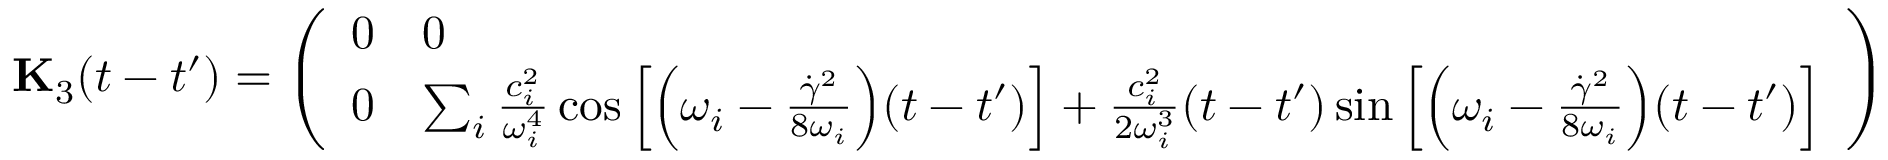
\mathbf { { K } } _ { 3 } ( t - t ^ { \prime } ) = \left( \begin{array} { l l } { 0 } & { 0 } \\ { 0 } & { \sum _ { i } \frac { c _ { i } ^ { 2 } } { \omega _ { i } ^ { 4 } } \cos \left[ \Bigl ( \omega _ { i } - \frac { \dot { \gamma } ^ { 2 } } { 8 \omega _ { i } } \Bigr ) ( t - t ^ { \prime } ) \right] + \frac { c _ { i } ^ { 2 } } { 2 \omega _ { i } ^ { 3 } } ( t - t ^ { \prime } ) \sin \left[ \Bigl ( \omega _ { i } - \frac { \dot { \gamma } ^ { 2 } } { 8 \omega _ { i } } \Bigr ) ( t - t ^ { \prime } ) \right] } \end{array} \right)